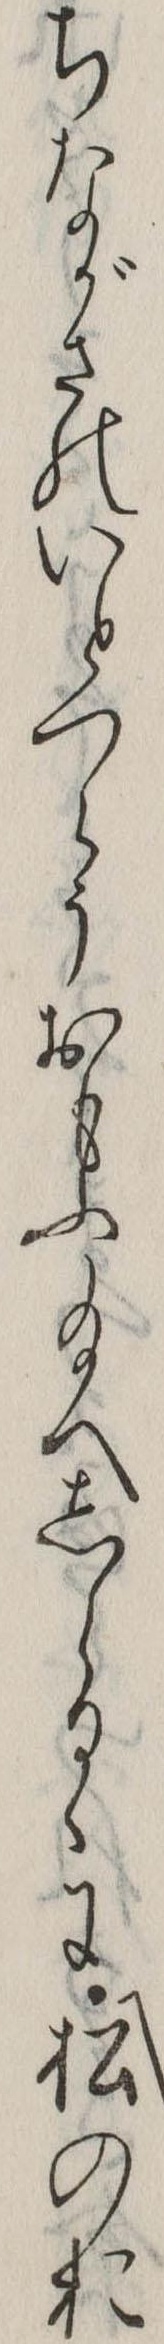
ちながさのいとつらうおもふ給へしらるゝに松のお